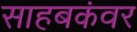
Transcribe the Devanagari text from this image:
साहबकंवर